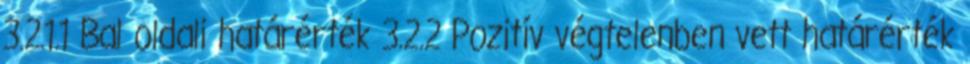
3.2.1.1 Bal oldali határérték 3.2.2 Pozitív végtelenben vett határérték